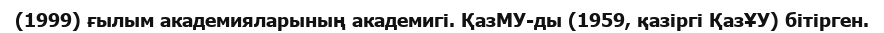
(1999) ғылым академияларының академигі. ҚазМУ-ды (1959, қазіргі ҚазҰУ) бітірген.